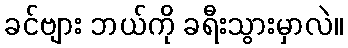
ခင်ဗျား ဘယ်ကို ခရီးသွားမှာလဲ။